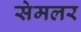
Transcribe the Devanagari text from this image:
सेमलर